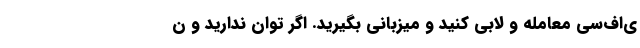
ی‌اف‌‌سی معامله و لابی کنید و میزبانی بگیرید. اگر توان ندارید و ن